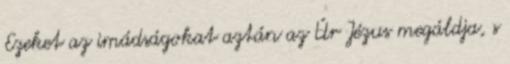
Ezeket az imádságokat aztán az Úr Jézus megáldja, s